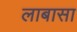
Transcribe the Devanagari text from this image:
लाबासा